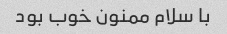
با سلام ممنون خوب بود